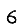
Digit: 6